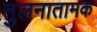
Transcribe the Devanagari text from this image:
तुलनातामक